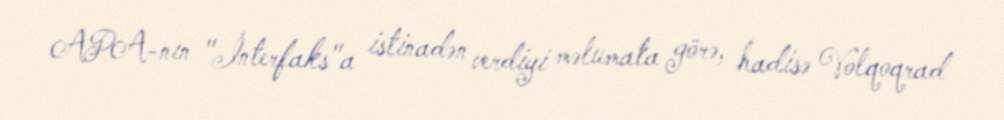
APA-nın "İnterfaks"a istinadən verdiyi məlumata görə, hadisə Volqoqrad